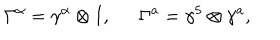
\Gamma ^ { \alpha } = \gamma ^ { \alpha } \otimes I , \ \ \Gamma ^ { a } = \gamma ^ { 5 } \otimes \gamma ^ { a } ,